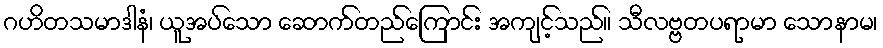
ဂဟိတသမာဒါနံ၊ ယူအပ်သော ဆောက်တည်ကြောင်း အကျင့်သည်။ သီလဗ္ဗတပရာမာ သောနာမ၊